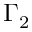
\Gamma _ { 2 }